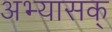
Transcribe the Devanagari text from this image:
अभ्यासक्